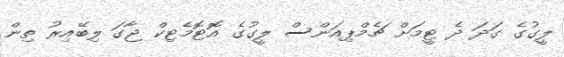
ލީގުގެ ގަދަ ދެ ޓީމަށް ޗެމްޕިއަންސް ލީގުގެ އޮޓޮމެޓިކް ޖާގަ ލިބޭއިރު ތިން